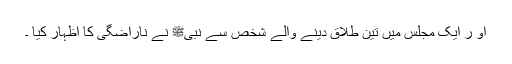
او ر ایک مجلس میں تین طلاق دینے والے شخص سے نبیﷺ نے ناراضگی کا اظہار کیا ۔